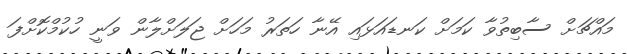
މައްޗަށް ސާބިތުވާ ކަމަށް ކަނޑައަޅައި އޭނާ ހަތަރު މަހަށް ޖަލަށްލާން ވަނީ ހުކުމްކޮށްފަ